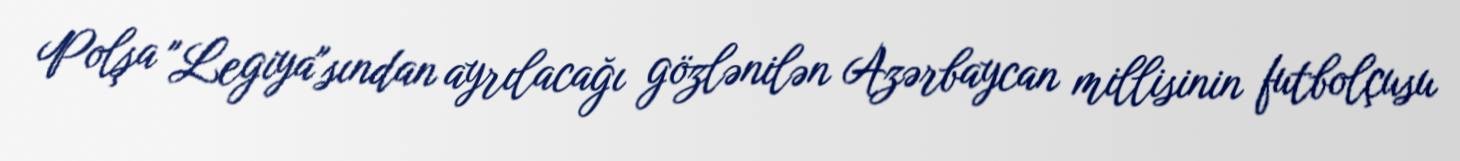
Polşa "Legiya"sından ayrılacağı gözlənilən Azərbaycan millisinin futbolçusu